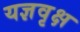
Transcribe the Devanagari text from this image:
यज्ञवृक्ष